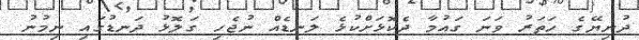
ދުނިޔޭގެ ހަތަރު ވަނަ ގައުމާ ދެކޮޅަށްކުޅެ ލަނޑެއް ނުޖެހި ގަލޮޅު ދަނޑުގައި ނިމުނު